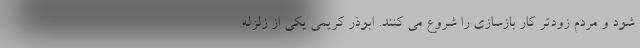
شود و مردم زودتر کار بازسازی را شروع می کنند. ابوذر کریمی یکی از زلزله